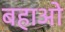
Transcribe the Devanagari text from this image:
बहाओ